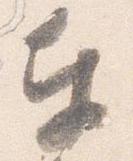
奉